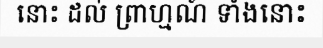
នោះ ដល់ ព្រាហ្មណ៍ ទាំងនោះ